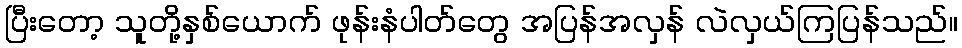
ပြီးတော့ သူတို့နှစ်ယောက် ဖုန်းနံပါတ်တွေ အပြန်အလှန် လဲလှယ်ကြပြန်သည်။